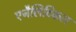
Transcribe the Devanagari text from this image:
एनैलिटिकल